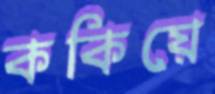
ককিয়ে